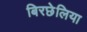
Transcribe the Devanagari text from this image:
बिरछेलिया